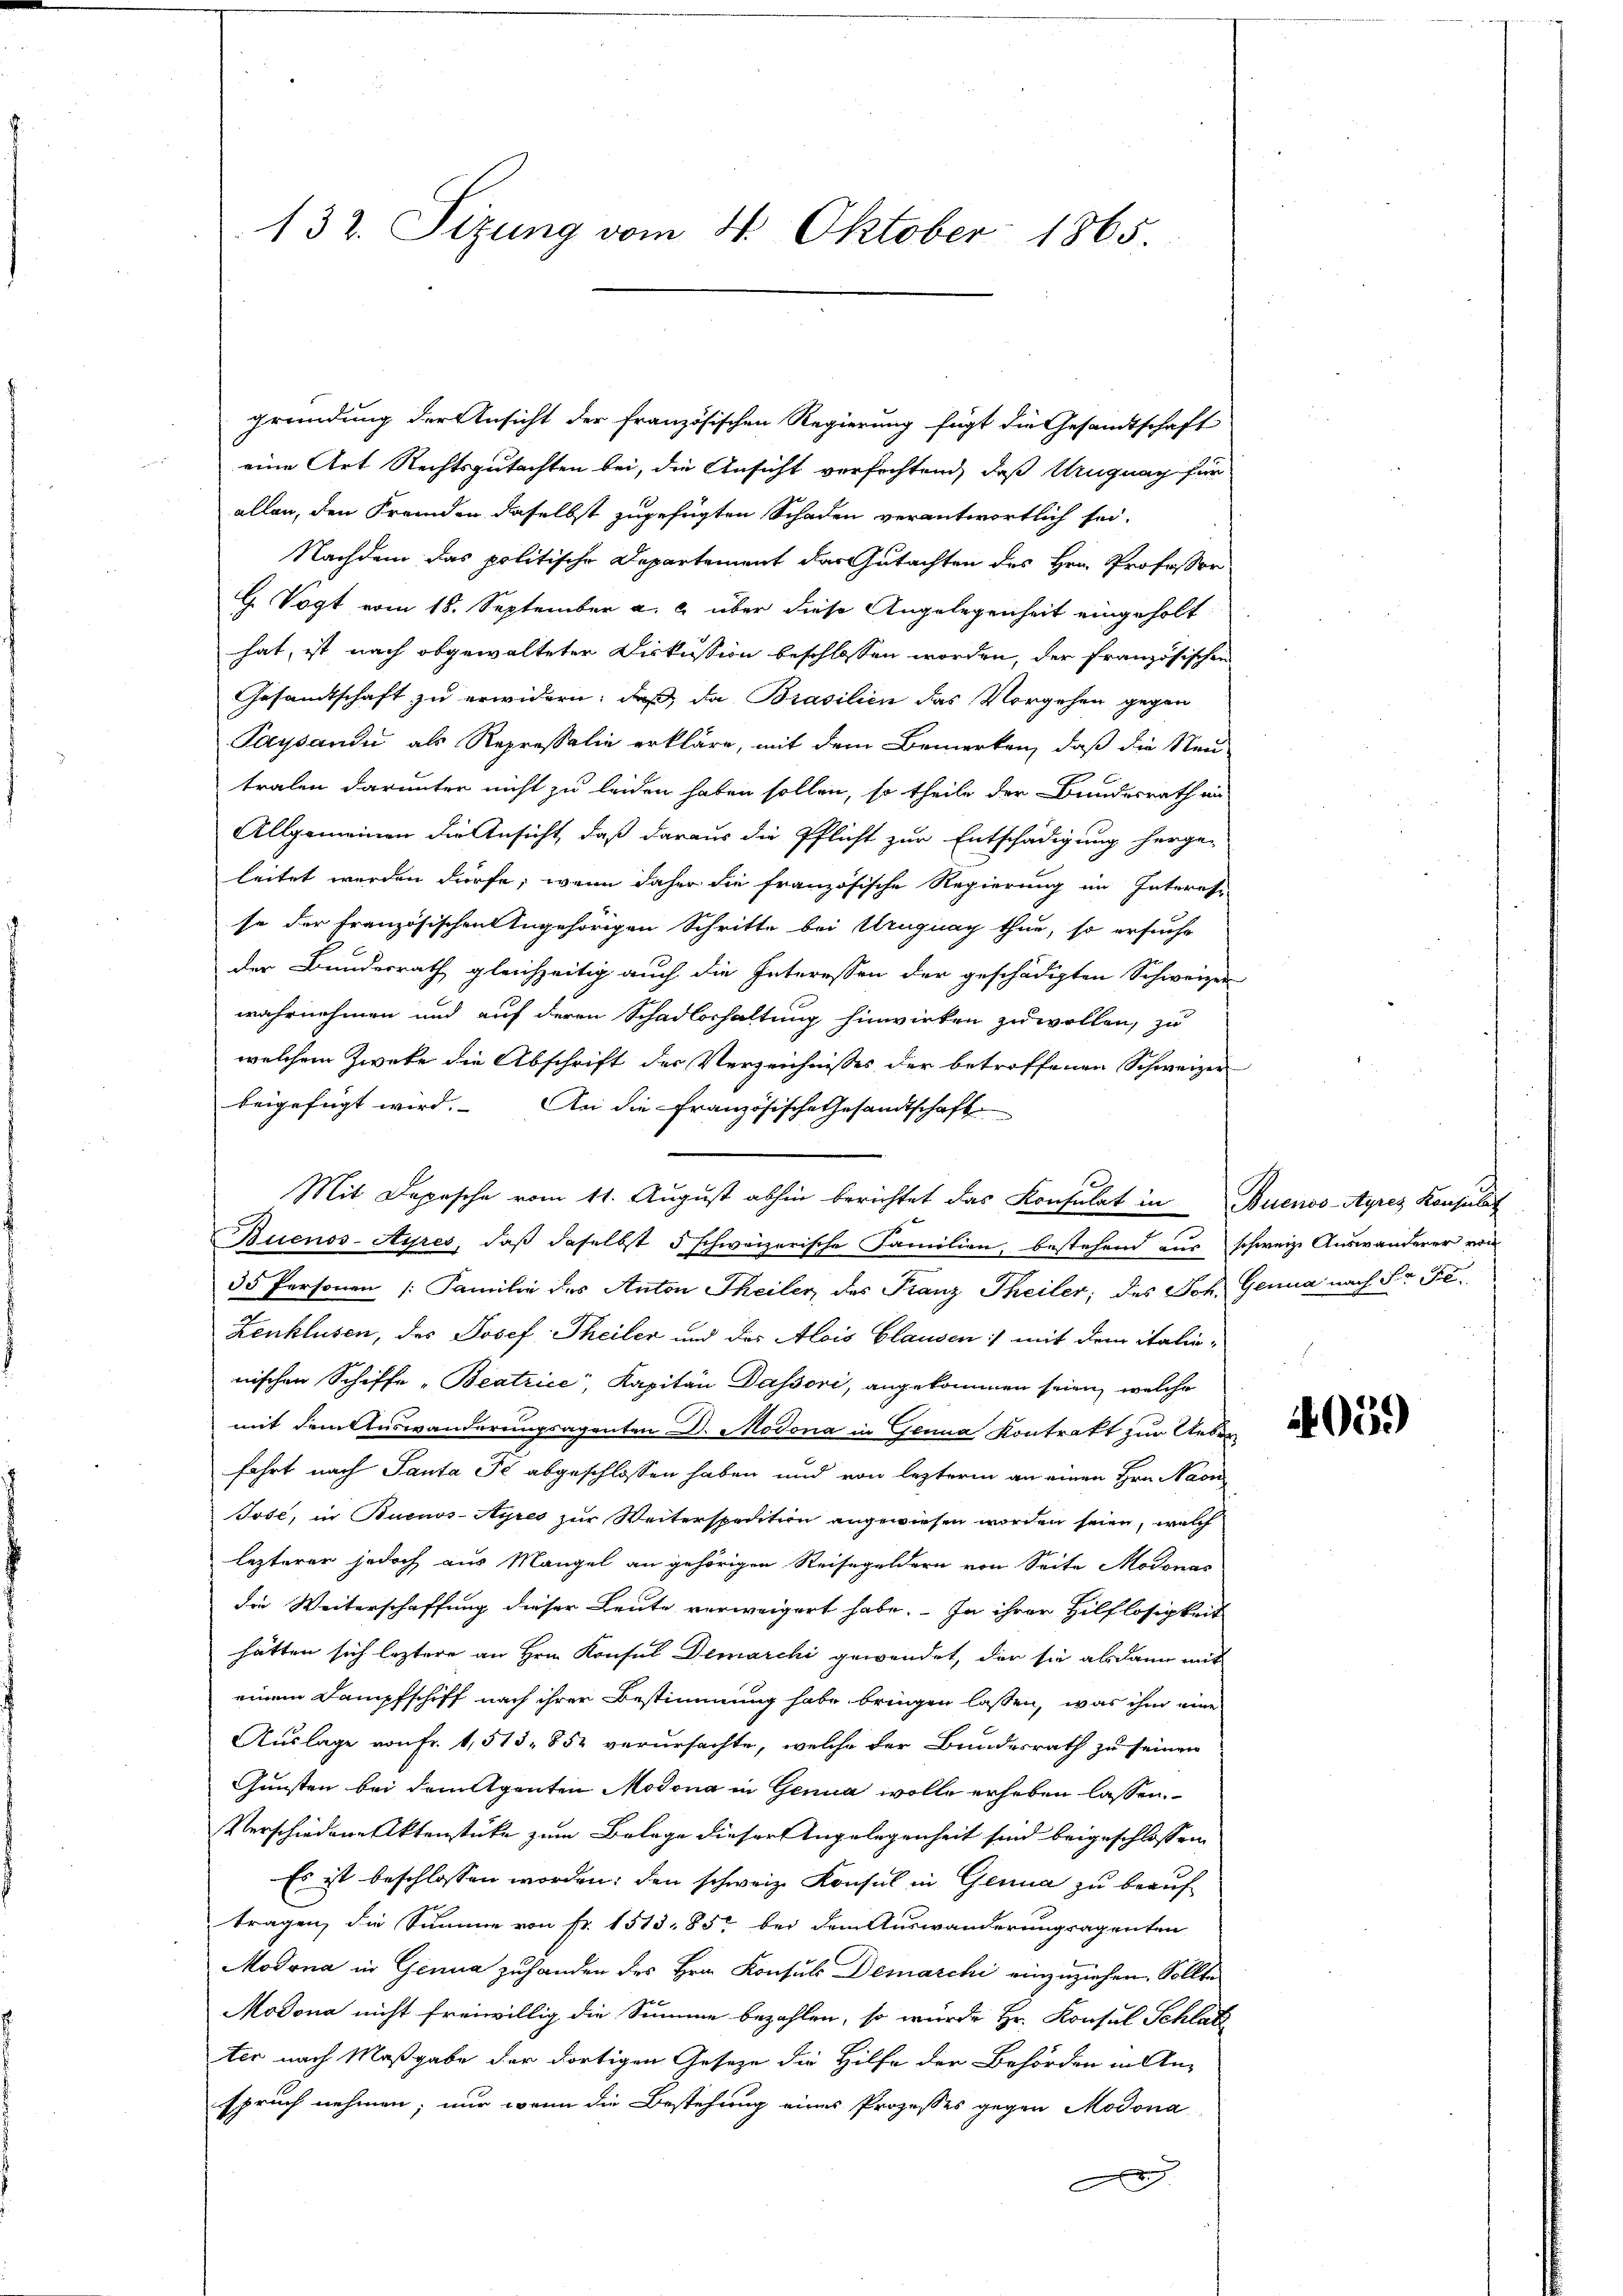
132. Sizung vom 4. Oktober 1865.

Gründung der Ansicht der französischen Regierung fügt die Gesandtschaft
eine Art Rechtsgutachten bei, die Ansicht verfachtend, daß Uruguay für
allen, den Fremden daselbst zugefügten Schaden verantwortlich sei.
Nachdem das politische Departement das Gutachten des Hrn. Professor
G. Vogt vom 18. September a. c. über diese Angelegenheit eingeholt
hat, ist nach obgewalteter Diskussion beschlossen worden, der französischen
Gesamtschaft zu erwidern, daß, da Brasilien das Vorgehen gegen
Paysandi als Repressalie erkläre, mit dem Bemerken, daß die Neu-
tralen darunter nicht zu leiden haben sollen, so theile der Bundesrath an
Allgemeinen die Ansicht, daß daraus die Pflicht zur Entschädigung herge-
leitet werden dürfe; wenn daher die französische Regierung im Interes-
se der Französischen Angehörigen Schritte bei Uruguay thun, so ersucht
der Bundesrath gleichzeitig auch die Interessen der geschädigten Schweizer
wahrnehmen und auf deren Schadloshaltung hinwirken zu wollen, zu
welchem Zweke die Abschrift der Verzeichnisses der betroffenen Schweizer
beigefügt wird. An die französische Gesandtschaft
Mit Depesche vom 11. August abhin berichtet das Konsulat in Buenos-Ayres Konsulat
Buenos-Ayres, daß daselbst 5 schweizerische Familien, bestehend aus schweize Auswanderer von
35 Personen Familie des Anton Theiler, des Franz Theiler, des Joh. Genua nach der Fe
Zenklusen, des Josef Theiler und das Alois Glausen :/ mit dem italinnischen Schiffe „Beatrice, Kapitän Dassori, angekommen seien, welche
mit dem Auswanderungsagenten Dr. Modona in Genua Kontrakt zur Ueberfahrt nach Panta Fé abgeschlossen haben und von lezteren an einen Hrn. Nac
Jose, in Buenos-Ayres zur Weiterspedition angewiesen worden seien, welch
lezterer jedoch aus Mangel an gehörigen Reisegeldern von Seite Modonas
die Weiterschaffung dieser Leute verweigert habe. In ihrer Hilflosigkeit
hätten sich leztere an Hrn. Konsul Demarchi gewendet, der sie alsdann mit
einem Dampfschiff nach ihrer Bestimmung habe bringen lassen, was ihm eine
Auslage von Fr. 1,513, 852 verursachte, welche der Bundesrath zu seinen
Gunsten bei dem Agenten Modona in Genua wolle erheben lassen.
Verschiedene Aktenstücke zum Belage dieser Angelegenheit sind beigeschlossen
Es ist beschlossen worden; den schweiz. Konsul in Genua zu beauftragen, die Summe von fr. 1513, 85 bei dem Auswanderungsagenten
Modona in Genua zuhanden des Hrn. Konsuls Demarchi einzuziehen, Sollte
Modona nicht freiwillig die Summe bezahlen, so wurde Hr. Konsul Schlatt
ter nach Maßgabe der dortigen Gesetze die Hilfe der Behörden in An-
spruch nehmen; nur wenn die Bestehung eines Prozesses gegen Modona
A

4059